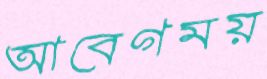
আবেগময়